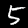
Digit: 5